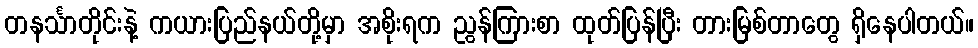
တနင်္သာတိုင်းနဲ့ ကယားပြည်နယ်တို့မှာ အစိုးရက ညွန်ကြားစာ ထုတ်ပြန်ပြီး တားမြစ်တာတွေ ရှိနေပါတယ်။